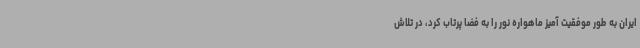
ایران به طور موفقیت آمیز ماهواره نور را به فضا پرتاب کرد، در تلاش